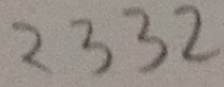
2 3 3 2